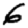
Digit: 6